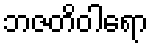
ဘဇတိဝါရော